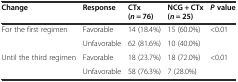
<table><thead><tr><td><b>Change</b></td><td><b>Response</b></td><td><b>CTx (<i>n</i> = 76)</b></td><td><b>NCG + CTx (<i>n</i> = 25)</b></td><td><b><i>P</i>value</b></td></tr></thead><tbody><tr><td rowspan="2">For the first regimen</td><td>Favorable</td><td>14 (18.4%)</td><td>15 (60.0%)</td><td rowspan="2">&lt;0.01</td></tr><tr><td>Unfavorable</td><td>62 (81.6%)</td><td>10 (40.0%)</td></tr><tr><td rowspan="2">Until the third regimen</td><td>Favorable</td><td>18 (23.7%)</td><td>18 (72.0%)</td><td rowspan="2">&lt;0.01</td></tr><tr><td>Unfavorable</td><td>58 (76.3%)</td><td>7 (28.0%)</td></tr></tbody></table>